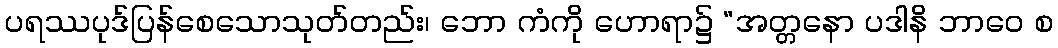
ပရဿပုဒ်ပြန်စေသောသုတ်တည်း၊ ဘော ကံကို ဟောရာ၌ “အတ္တနော ပဒါနိ ဘာဝေ စ